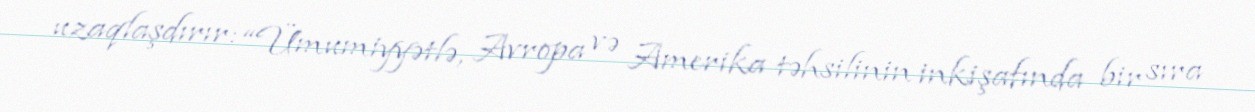
uzaqlaşdırır: “Ümumiyyətlə, Avropa və Amerika təhsilinin inkişafında bir sıra